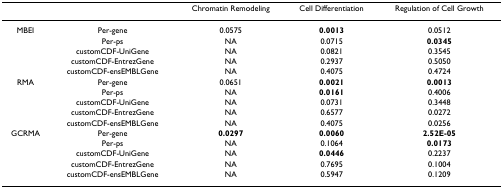
<table><thead><tr><td></td><td></td><td><b>Chromatin Remodeling</b></td><td><b>Cell Differentiation</b></td><td><b>Regulation of Cell Growth</b></td></tr></thead><tbody><tr><td>MBEI</td><td>Per-gene</td><td>0.0575</td><td><b>0.0013</b></td><td>0.0512</td></tr><tr><td></td><td>Per-ps</td><td>NA</td><td>0.0715</td><td><b>0.0345</b></td></tr><tr><td></td><td>customCDF-UniGene</td><td>NA</td><td>0.0821</td><td>0.3545</td></tr><tr><td></td><td>customCDF-EntrezGene</td><td>NA</td><td>0.2937</td><td>0.5050</td></tr><tr><td></td><td>customCDF-ensEMBLGene</td><td>NA</td><td>0.4075</td><td>0.4724</td></tr><tr><td>RMA</td><td>Per-gene</td><td>0.0651</td><td><b>0.0021</b></td><td><b>0.0013</b></td></tr><tr><td></td><td>Per-ps</td><td>NA</td><td><b>0.0161</b></td><td>0.4006</td></tr><tr><td></td><td>customCDF-UniGene</td><td>NA</td><td>0.0731</td><td>0.3448</td></tr><tr><td></td><td>customCDF-EntrezGene</td><td>NA</td><td>0.6577</td><td>0.0272</td></tr><tr><td></td><td>customCDF-ensEMBLGene</td><td>NA</td><td>0.4075</td><td>0.0256</td></tr><tr><td>GCRMA</td><td>Per-gene</td><td><b>0.0297</b></td><td><b>0.0060</b></td><td><b>2.52E-05</b></td></tr><tr><td></td><td>Per-ps</td><td>NA</td><td>0.1064</td><td><b>0.0173</b></td></tr><tr><td></td><td>customCDF-UniGene</td><td>NA</td><td><b>0.0446</b></td><td>0.2237</td></tr><tr><td></td><td>customCDF-EntrezGene</td><td>NA</td><td>0.7695</td><td>0.1004</td></tr><tr><td></td><td>customCDF-ensEMBLGene</td><td>NA</td><td>0.5947</td><td>0.1209</td></tr></tbody></table>